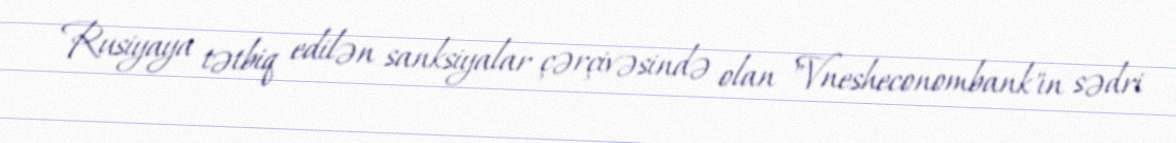
Rusiyaya tətbiq edilən sanksiyalar çərçivəsində olan "Vnesheconombank"ın sədri